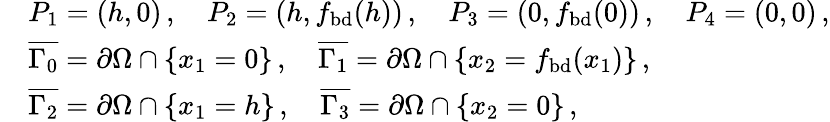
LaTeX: \begin{array}{rl}&{P_{1}=(h,0)\, ,\quad P_{2}=(h,f_{\mathrm{bd}}(h))\, ,\quad P_{3}=(0,f_{\mathrm{bd}}(0))\, ,\quad P_{4}=(0,0)\, ,}\\ &{\overline{{\Gamma_{0}}}=\partial\Omega\cap\{ x_{1}=0\} \, ,\quad\overline{{\Gamma_{1}}}=\partial\Omega\cap\{ x_{2}=f_{\mathrm{bd}}(x_{1})\} \, ,}\\ &{\overline{{\Gamma_{2}}}=\partial\Omega\cap\{ x_{1}=h\} \, ,\quad\overline{{\Gamma_{3}}}=\partial\Omega\cap\{ x_{2}=0\} \, ,}\end{array}